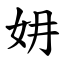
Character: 㚩